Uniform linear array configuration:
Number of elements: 48
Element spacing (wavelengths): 0.5
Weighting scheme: blackman
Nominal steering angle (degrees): -30
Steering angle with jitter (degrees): -29.875
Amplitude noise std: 0.05
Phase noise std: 0.05

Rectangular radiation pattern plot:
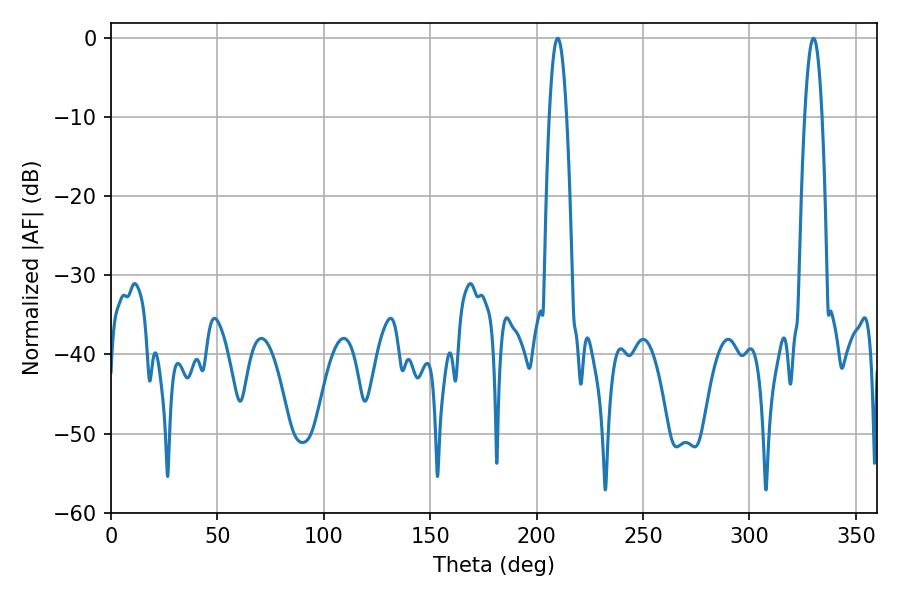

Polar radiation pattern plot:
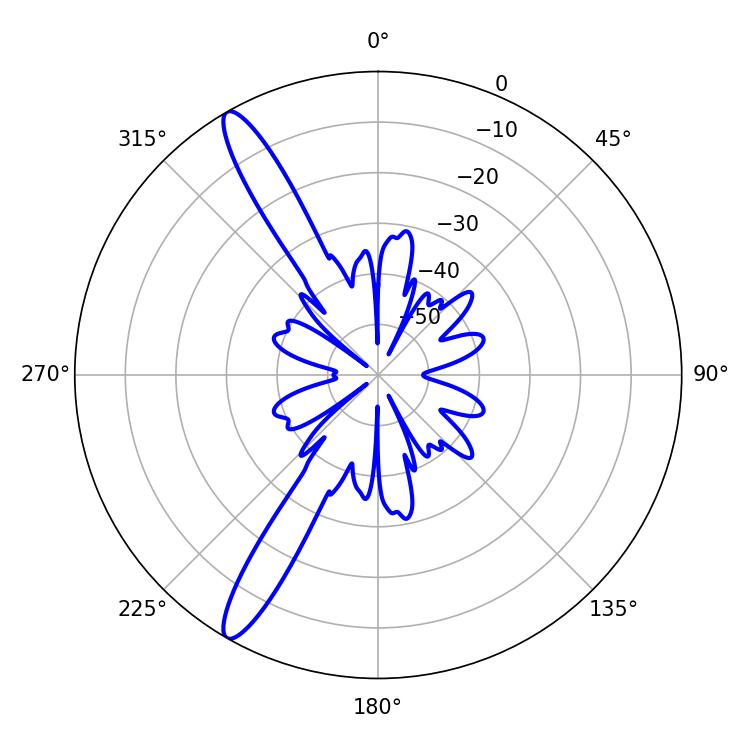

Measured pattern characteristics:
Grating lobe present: FALSE
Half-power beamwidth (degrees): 4.5
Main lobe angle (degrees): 209.88